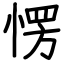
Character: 愣